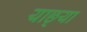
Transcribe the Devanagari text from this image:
याछ्या